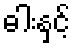
ဓါးနှင့်